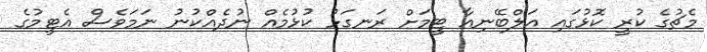
މެޗުގެ ކުރީ ކޮޅުގައި އަލްބޭނިއާ ޓީމަށް ރަނގަޅު ކުޅުމެއް ނުދެއްކުނު ނަމަވެސް އެޓީމުގެ